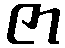
ဇာ